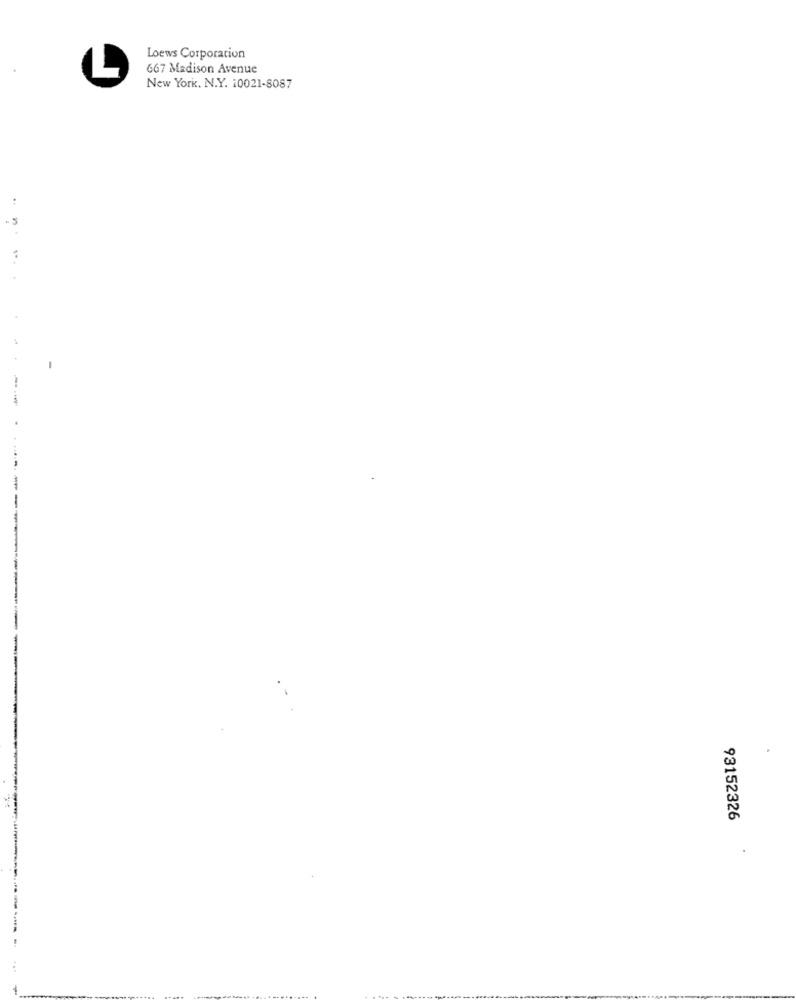
Loews Corporation
667 Madison Avenue
L
New York, N.Y. 10021-8087
93152326